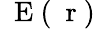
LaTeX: \mathrm{~\mathbf~E~}(\mathrm{~\mathbf~r~})